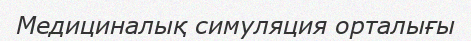
Медициналық симуляция орталығы